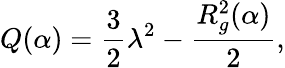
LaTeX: Q(\alpha)=\frac{3}{2}\lambda^{2}-\frac{R_{g}^{2}(\alpha)}{2},